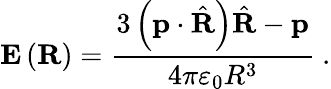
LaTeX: \mathbf{E}\left(\mathbf{R}\right)={\frac{3\left(\mathbf{p}\cdot{\hat{\mathbf{R}}}\right){\hat{\mathbf{R}}}-\mathbf{p}}{4\pi\varepsilon_{0}R^{3}}}\ .